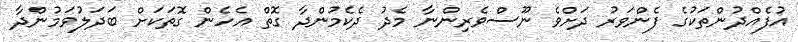
އުފެއްދުންތަކުގެ ފެންވަރު ދަށްވެ ނޫސްވެރިންނާ މެދު ދެކެމުންދާ ގޮތް އެހެން ގޮތަކަށް ބަދަލުވަމުންދާ